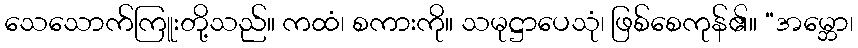
သေသောက်ကြူးတို့သည်။ ကထံ၊ စကားကို။ သမုဋ္ဌာပေသုံ၊ ဖြစ်စေကုန်၏။ “အမ္ဘော၊